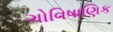
ગોવિષાણિક